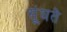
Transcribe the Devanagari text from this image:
सूंघते